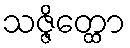
သဇ္ဇိတ္ထော